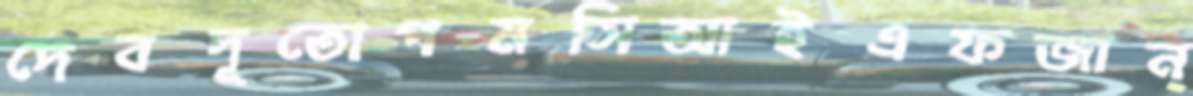
দেবদূতোপমসিআইএফজান্